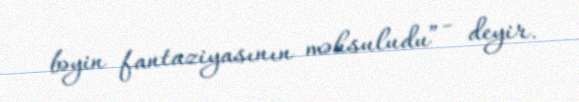
bəyin fantaziyasının məhsuludu” - deyir.